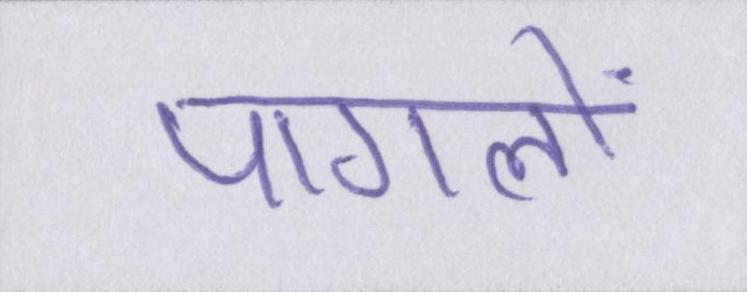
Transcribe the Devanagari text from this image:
पागलों